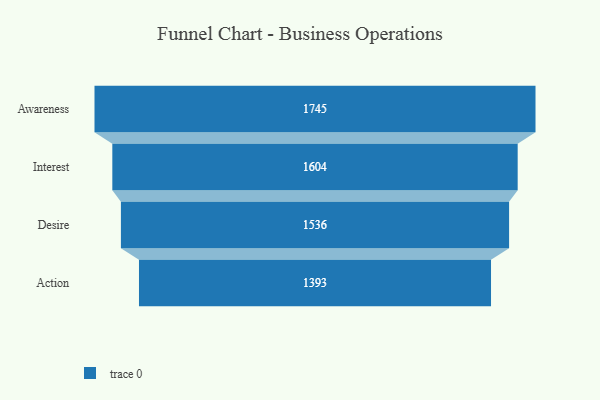
{"axis": {"x": "Stage", "y": "Value"}, "legend": [""], "data": [{"x": "Awareness", "y": 1745.0, "type": ""}, {"x": "Interest", "y": 1604.0, "type": ""}, {"x": "Desire", "y": 1536.0, "type": ""}, {"x": "Action", "y": 1393.0, "type": ""}]}